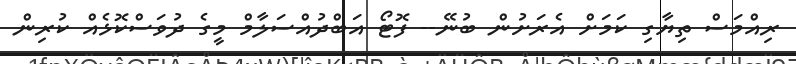
ރިއްމަސް ތިޔާގި ކަމަށް އެރަށުން ބުނޭ-- ފޮޓޯ އަބްދުއްސަލާމް މީގެ ދުވަސްކޮޅެއް ކުރިން